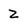
Character: Z